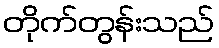
တိုက်တွန်းသည်